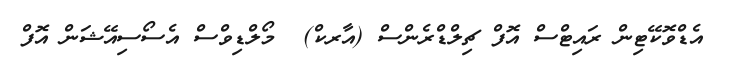
އެޑްވޮކޭޓިން ރައިޓްސް އޮފް ޗިލްޑްރެންސް (އާރކް)  މޯލްޑިވްސް އެސޯސިއޭޝަން އޮފް